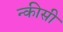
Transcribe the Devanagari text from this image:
न्कीसी